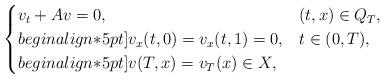
LaTeX: \begin{align*}\begin{cases}v_t +Av= 0, &(t,x) \in Q_T,\\begin{align*}5pt]v_x(t,0)=v_x(t,1) =0, & t \in (0,T),\\begin{align*}5pt]v(T,x)= v_T(x)\in X,\end{cases}\end{align*}